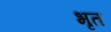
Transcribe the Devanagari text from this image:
भृत